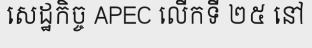
សេដ្ឋកិច្ច APEC លើកទី ២៥ នៅ